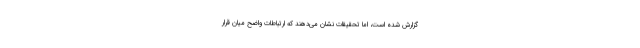
گزارش شده است، اما تحقیقات نشان می‌دهند که ارتباطات واضح میان قرار